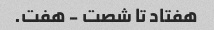
هفتاد تا شصت - هفت.